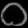
Digit: ၀